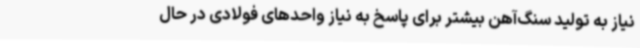
نیاز به تولید سنگ‌آهن بیشتر برای پاسخ به نیاز واحدهای فولادی در حال